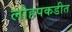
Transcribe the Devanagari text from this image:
लोहपकडीत